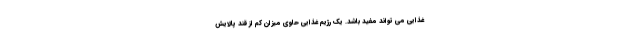
غذایی می تواند مفید باشد. یک رژیم غذایی حاوی میزان کم از قند پالایش